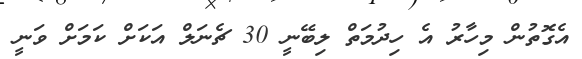
އެގޮތުން މިހާރު އެ ހިދުމަތް ލިބޭނީ 30 ޗެނަލް އަކަށް ކަމަށް ވަނީ